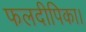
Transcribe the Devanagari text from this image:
फलदीपिका।